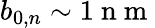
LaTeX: b_{0,n}\sim 1\mathrm{~n~m~}